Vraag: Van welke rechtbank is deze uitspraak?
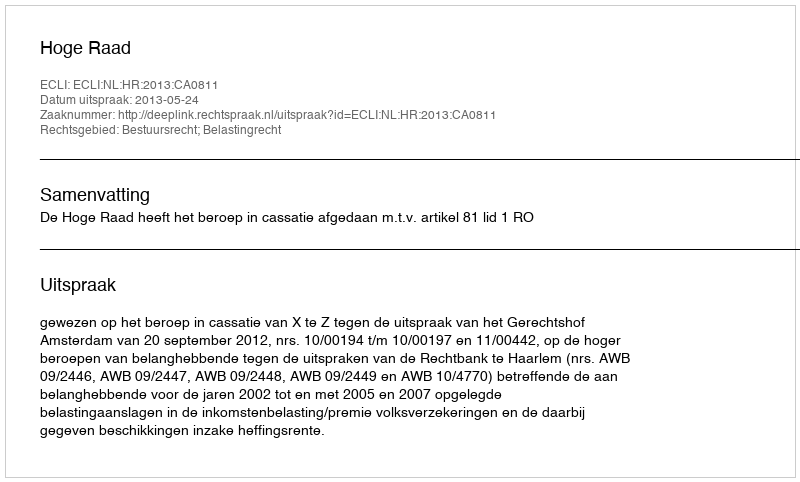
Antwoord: Hoge Raad